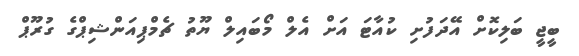
ބީޖީ ބަލިކޮށް އޭދަފުށި ކުއާޓަ އަށް އެލް މޯބައިލް ޔޫތު ޗެމްޕިއަންޝިޕްގެ ގުރޫޕް